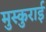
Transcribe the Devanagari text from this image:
मुस्कुराई